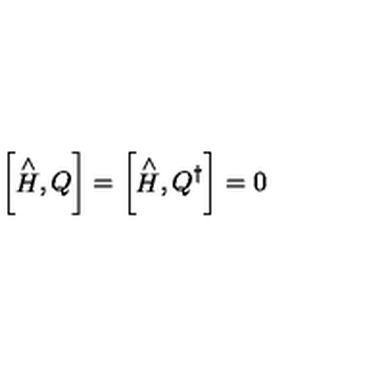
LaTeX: \left[ \stackrel { \wedge } { H } , Q \right] = \left[ \stackrel { \wedge } { H } , Q ^ { \dagger } \right] = 0